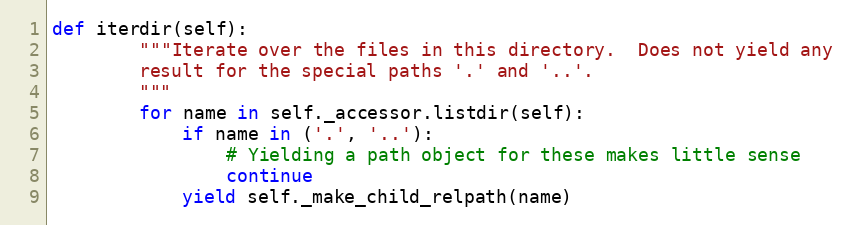
Language: Python
def iterdir(self):
        """Iterate over the files in this directory.  Does not yield any
        result for the special paths '.' and '..'.
        """
        for name in self._accessor.listdir(self):
            if name in ('.', '..'):
                # Yielding a path object for these makes little sense
                continue
            yield self._make_child_relpath(name)